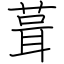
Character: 葺